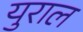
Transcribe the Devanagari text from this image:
युराल